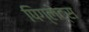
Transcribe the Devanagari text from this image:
पिग्लेट्स